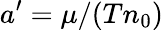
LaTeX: a^{\prime}=\mu/(Tn_{0})